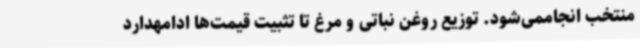
منتخب انجاممی‌شود. توزیع روغن نباتی و مرغ تا تثبیت قیمت‌ها ادامهدارد